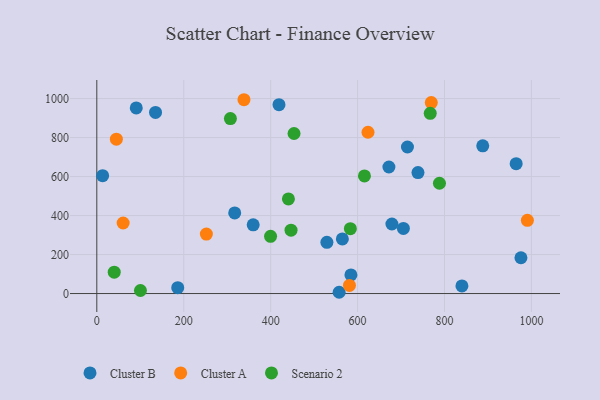
{"axis": {"x": "Experience", "y": "Demand"}, "legend": ["Cluster A", "Cluster B", "Scenario 2"], "data": [{"x": "888.0", "y": 757.3, "type": "Cluster B"}, {"x": "565.0", "y": 280.1, "type": "Cluster B"}, {"x": "359.8", "y": 352.5, "type": "Cluster B"}, {"x": "964.9", "y": 665.8, "type": "Cluster B"}, {"x": "975.9", "y": 183.4, "type": "Cluster B"}, {"x": "186.2", "y": 30.1, "type": "Cluster B"}, {"x": "90.8", "y": 951.5, "type": "Cluster B"}, {"x": "679.0", "y": 356.6, "type": "Cluster B"}, {"x": "317.3", "y": 413.3, "type": "Cluster B"}, {"x": "739.0", "y": 620.1, "type": "Cluster B"}, {"x": "584.7", "y": 95.3, "type": "Cluster B"}, {"x": "672.1", "y": 648.8, "type": "Cluster B"}, {"x": "840.1", "y": 39.1, "type": "Cluster B"}, {"x": "419.2", "y": 968.6, "type": "Cluster B"}, {"x": "529.4", "y": 262.5, "type": "Cluster B"}, {"x": "705.4", "y": 333.8, "type": "Cluster B"}, {"x": "13.4", "y": 604.2, "type": "Cluster B"}, {"x": "714.8", "y": 751.4, "type": "Cluster B"}, {"x": "135.1", "y": 928.5, "type": "Cluster B"}, {"x": "557.6", "y": 6.5, "type": "Cluster B"}, {"x": "60.6", "y": 361.8, "type": "Cluster A"}, {"x": "581.3", "y": 41.4, "type": "Cluster A"}, {"x": "45.0", "y": 791.4, "type": "Cluster A"}, {"x": "990.7", "y": 375.2, "type": "Cluster A"}, {"x": "769.6", "y": 979.4, "type": "Cluster A"}, {"x": "252.1", "y": 304.9, "type": "Cluster A"}, {"x": "338.6", "y": 993.8, "type": "Cluster A"}, {"x": "624.0", "y": 827.0, "type": "Cluster A"}, {"x": "583.4", "y": 332.6, "type": "Scenario 2"}, {"x": "100.4", "y": 15.7, "type": "Scenario 2"}, {"x": "440.9", "y": 485.0, "type": "Scenario 2"}, {"x": "453.8", "y": 820.6, "type": "Scenario 2"}, {"x": "615.8", "y": 602.9, "type": "Scenario 2"}, {"x": "446.9", "y": 325.0, "type": "Scenario 2"}, {"x": "40.1", "y": 109.7, "type": "Scenario 2"}, {"x": "399.8", "y": 293.3, "type": "Scenario 2"}, {"x": "788.4", "y": 565.4, "type": "Scenario 2"}, {"x": "307.4", "y": 897.4, "type": "Scenario 2"}, {"x": "767.2", "y": 923.9, "type": "Scenario 2"}]}